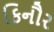
કિનૌર